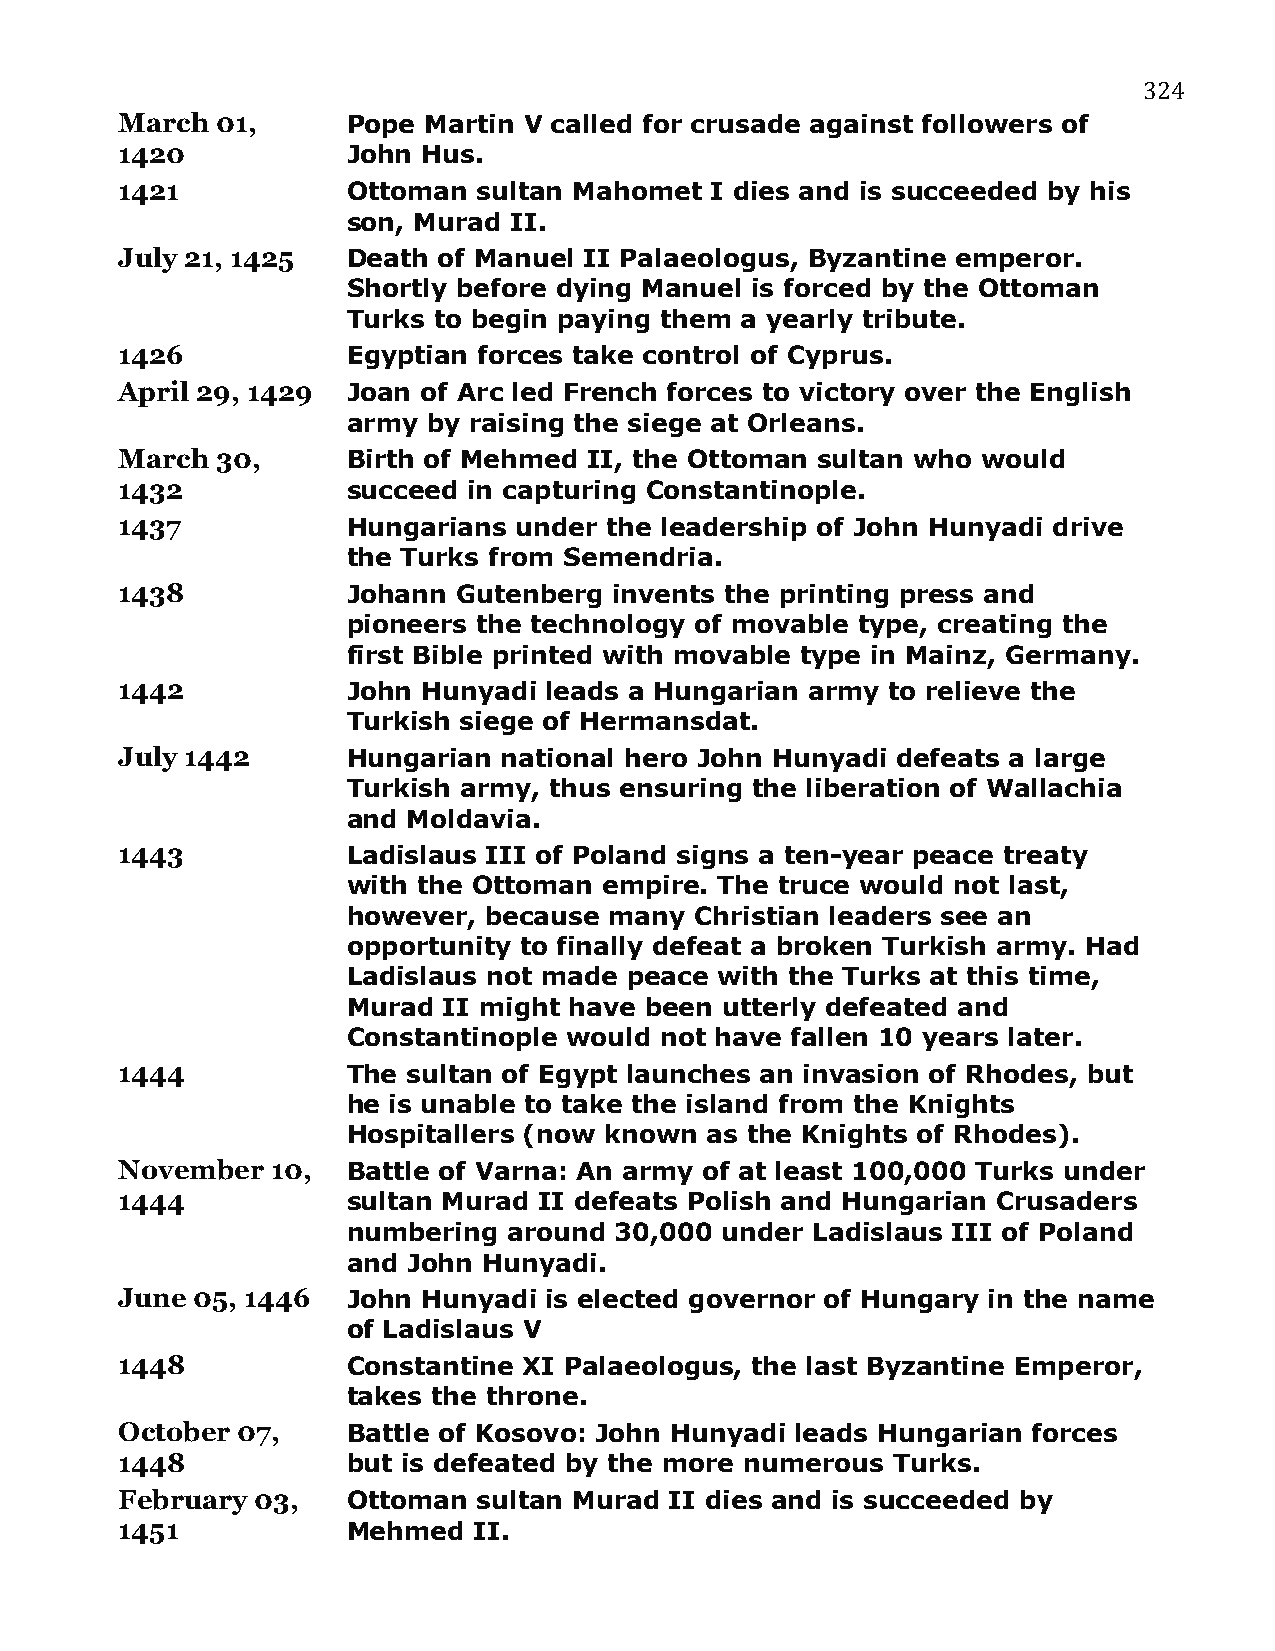
324
 March 01,      Pope Martin V called for crusade against followers of
 1420           John Hus.
 1421           Ottoman  sultan Mahomet I dies and is succeeded by his
 son, Murad II.
 July 21, 1425  Death of Manuel II Palaeologus, Byzantine emperor.
 Shortly before dying Manuel is forced by the Ottoman
 Turks to begin paying them a yearly tribute.
 1426           Egyptian forces take control of Cyprus.
 April 29, 1429 Joan of Arc led French forces to victory over the English
 army by raising the siege at Orleans.
 March 30,      Birth of Mehmed II, the Ottoman sultan who would
 1432           succeed in capturing Constantinople.
 1437           Hungarians under the leadership of John Hunyadi drive
 the Turks from Semendria.
 1438           Johann Gutenberg  invents the printing press and
 pioneers the technology of movable type, creating the
 first Bible printed with movable type in Mainz, Germany.
 1442           John Hunyadi leads a Hungarian army to relieve the
 Turkish siege of Hermansdat.
 July 1442      Hungarian national hero John Hunyadi defeats a large
 Turkish army, thus ensuring the liberation of Wallachia
 and Moldavia.
 1443           Ladislaus III of Poland signs a ten-year peace treaty
 with the Ottoman empire. The truce would not last,
 however, because many  Christian leaders see an
 opportunity to finally defeat a broken Turkish army. Had
 Ladislaus not made peace with the Turks at this time,
 Murad II might have been utterly defeated and
 Constantinople would not have fallen 10 years later.
 1444           The sultan of Egypt launches an invasion of Rhodes, but
 he is unable to take the island from the Knights
 Hospitallers (now known as the Knights of Rhodes).
 November  10,  Battle of Varna: An army of at least 100,000 Turks under
 1444           sultan Murad II defeats Polish and Hungarian Crusaders
 numbering  around 30,000 under Ladislaus III of Poland
 and John Hunyadi.
 June 05, 1446  John Hunyadi is elected governor of Hungary in the name
 of Ladislaus V
 1448           Constantine XI Palaeologus, the last Byzantine Emperor,
 takes the throne.
 October 07,    Battle of Kosovo: John Hunyadi leads Hungarian forces
 1448           but is defeated by the more numerous Turks.
 February 03,   Ottoman  sultan Murad II dies and is succeeded by
 1451           Mehmed  II.